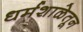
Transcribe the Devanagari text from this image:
धर्मशाळेतून